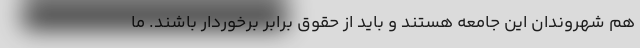
هم شهروندان این جامعه هستند و باید از حقوق برابر برخوردار باشند. ما